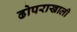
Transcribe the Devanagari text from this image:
ढोपराखाली